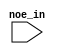

module configloader (
	noe_in);	

	input		noe_in;
endmodule